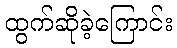
ထွက်ဆိုခဲ့ကြောင်း